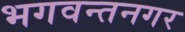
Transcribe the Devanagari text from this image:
भगवन्तनगर